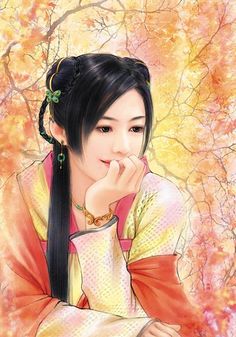
梦里相思，故国王孙路。